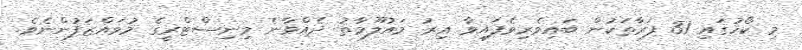
މި ކޯހުގައި 31 ފަރާތަކުން ބައިވެރިވެފައިވާ އިރު މައުލޫމާތު ދެއްވާނެ މިނިސްޓްރީގެ މުވައްޒަފުންނެވެ.